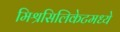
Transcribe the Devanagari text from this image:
मिश्रसिलिकेटमध्ये